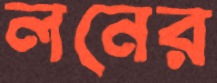
লনের